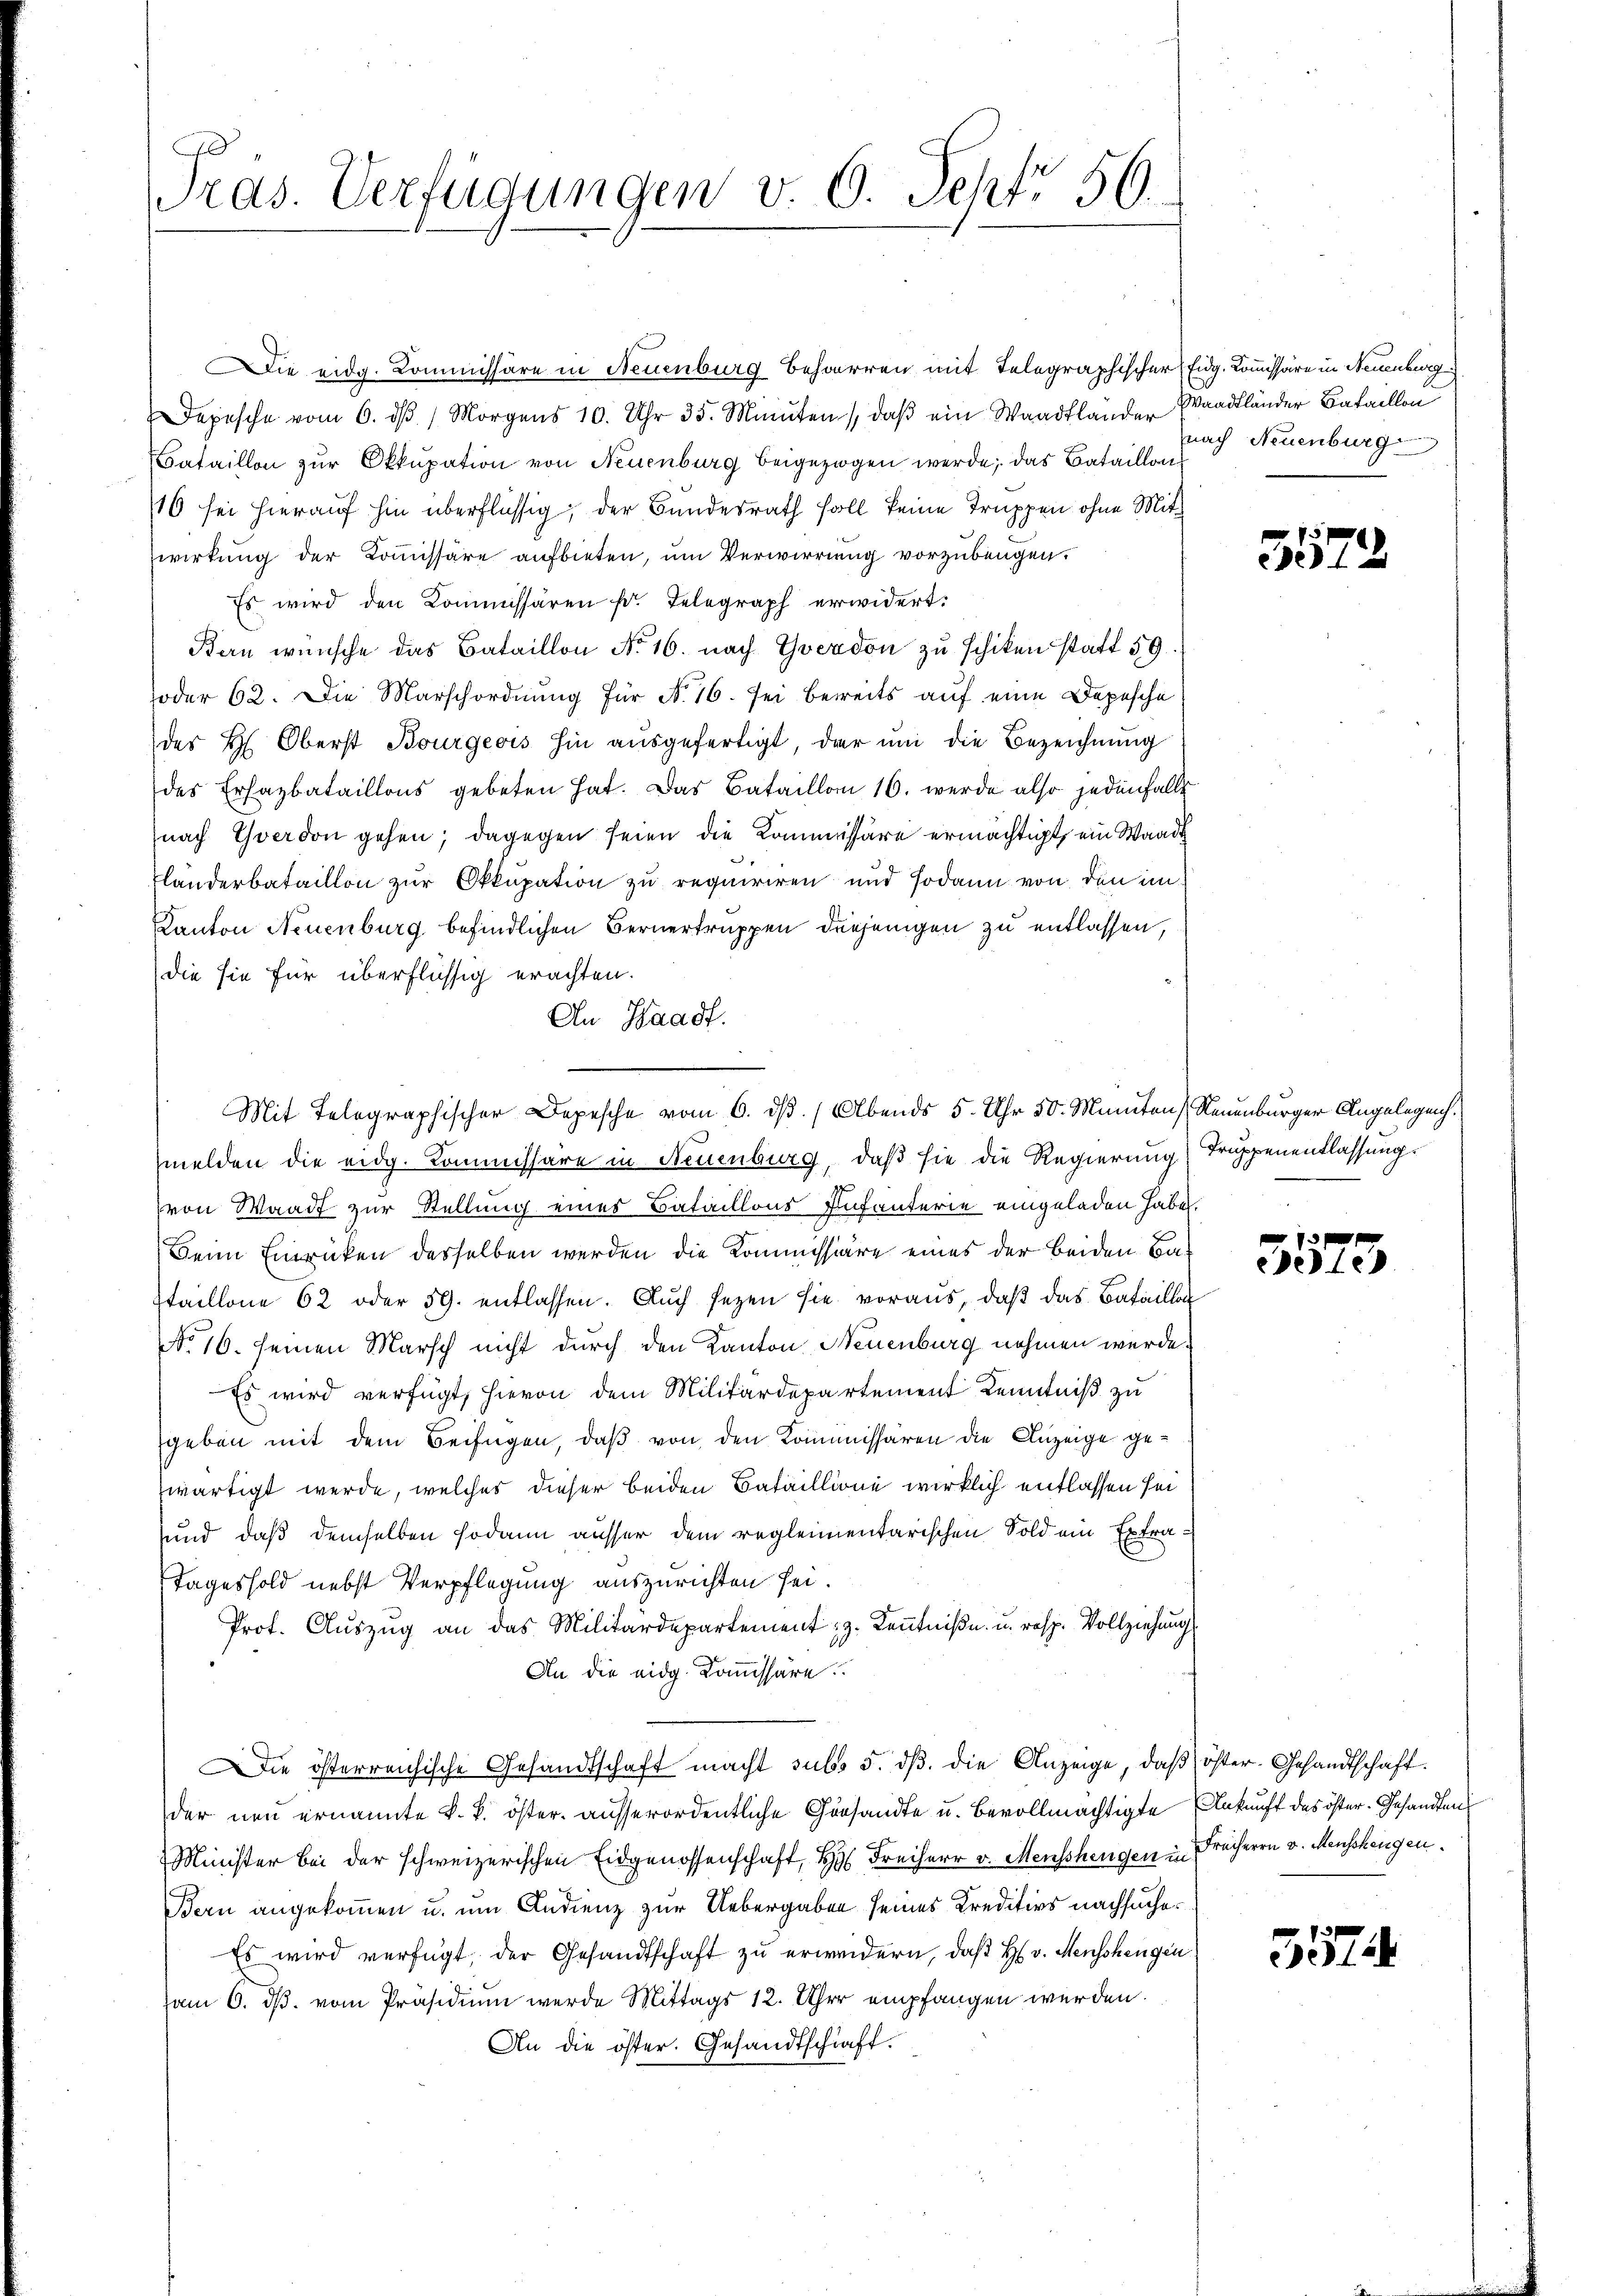
.
Pras. Verfügungen v. 6. Sept. 56.

Die eidg. Kommissäre in Neuenburg beharren mit Telegraphischer Eidg. Kommissäre in Neuenburg
Depesche vom 6. dβ / Morgens 10. Uhr 35. Minuten, daβ ein Waadtländer Waadtländer Bataillon
Bataillon zur Okkupation von Neuenburg beigezogen werde; das Bataillons
16 sei hierauf hin überflüssig; der Bundesrath soll keine Truppen ohne Mitwirkung der Kommissäre aufbieten, um Verwirrung vorzubeugen.
Es wird den Kommissären fr. Telegraph erwidert.
Kan wünsche das Bataillon No 16. nach Yverdon zu schiken statt 59.
oder 62. Die Marschordnung für No 16. sei bereits auf eine Depesche
des H. Oberst Bourgeois hin ausgefertigt, der um die Bezeichnung
des Ersazbataillons gebeten hat. Das Bataillon 16. werde also jedenfalls
nach Yverdon gehen; dagegen seien die Kommissäre ermächtigt, ein Waadt
Fländerbataillon zur Okkupation zu requiriren und sodann von den in¬
Kanton Neuenburg befindlichen Bernertruppen diejenigen zu entlassen,
die sie für überflüssig erachten.
An Waadt.
melden die eidg. Kommissäre in Neuenburg, daß sie die Regierung Truppenentlassungs
von Waadt zur Stellung eines Bataillons Infanterie eingeladen habe.
Beim Einrücken desselben werden die Kommissiäre eines der beiden Ba¬
Itaillone 62 oder 59. entlassen. Auch sezen sie voraus, daß das Bataillo
No 16. seinen Marsch nicht durch den Kanton Neuenburg nehmen werde.
Es wird verfügt, hievon dem Militärdepartement Kenntniß zu
geben mit dem Beifügen, daß von den Kommissären die Anzeige gewärtigt werde, welches dieser beiden Bataillione wirklich entlassen sei
sund, daß demselben sodann ausser dem reglementarischen Sold ein Extra¬
Tageshold nebst Verpflegung auszurichten sei.
Prot. Auszug an das Militärdepartement z. Kenntniße u. resp. Vollziehung
An die eidg. Kommissäre
Die österreichische Gesandtschaft macht sub. 5. dβ. die Anzeige, daß öster- Gesandtschaft.
der neu ernannte k. k. öster ausserordentliche Gesandte u. bevollmächtigte Ankunft des öster. Gesandten
 Minister bei der schweizerischen Eidgenossenschaft, H. Freiherr v. Menschengen in Freiherrn v. Menschengen.
Bern angekommen u. um Andienz zur Uebergaben seines Kreditivs nachsucher
Es wird verfügt, der Gesandtschaft zu erwidern, daß H. v. Menschengen
vom 6. ds. vom Präsidium werde Mittags 12. Uhr empfangen werden.
An die öster. Gesandtschaft.

Mit Telegraphischer Depesche vom 6. ds. Abends 5. Uhr 50. Minuten Neuenburger Angelegenh

nach Neuenburg

7.
ee 1.

e
573

357